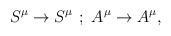
LaTeX: \begin{align*}S^{\mu} \rightarrow S^{\mu} \, \, ; \, \, A^{\mu}\rightarrow A^{\mu} ,\end{align*}